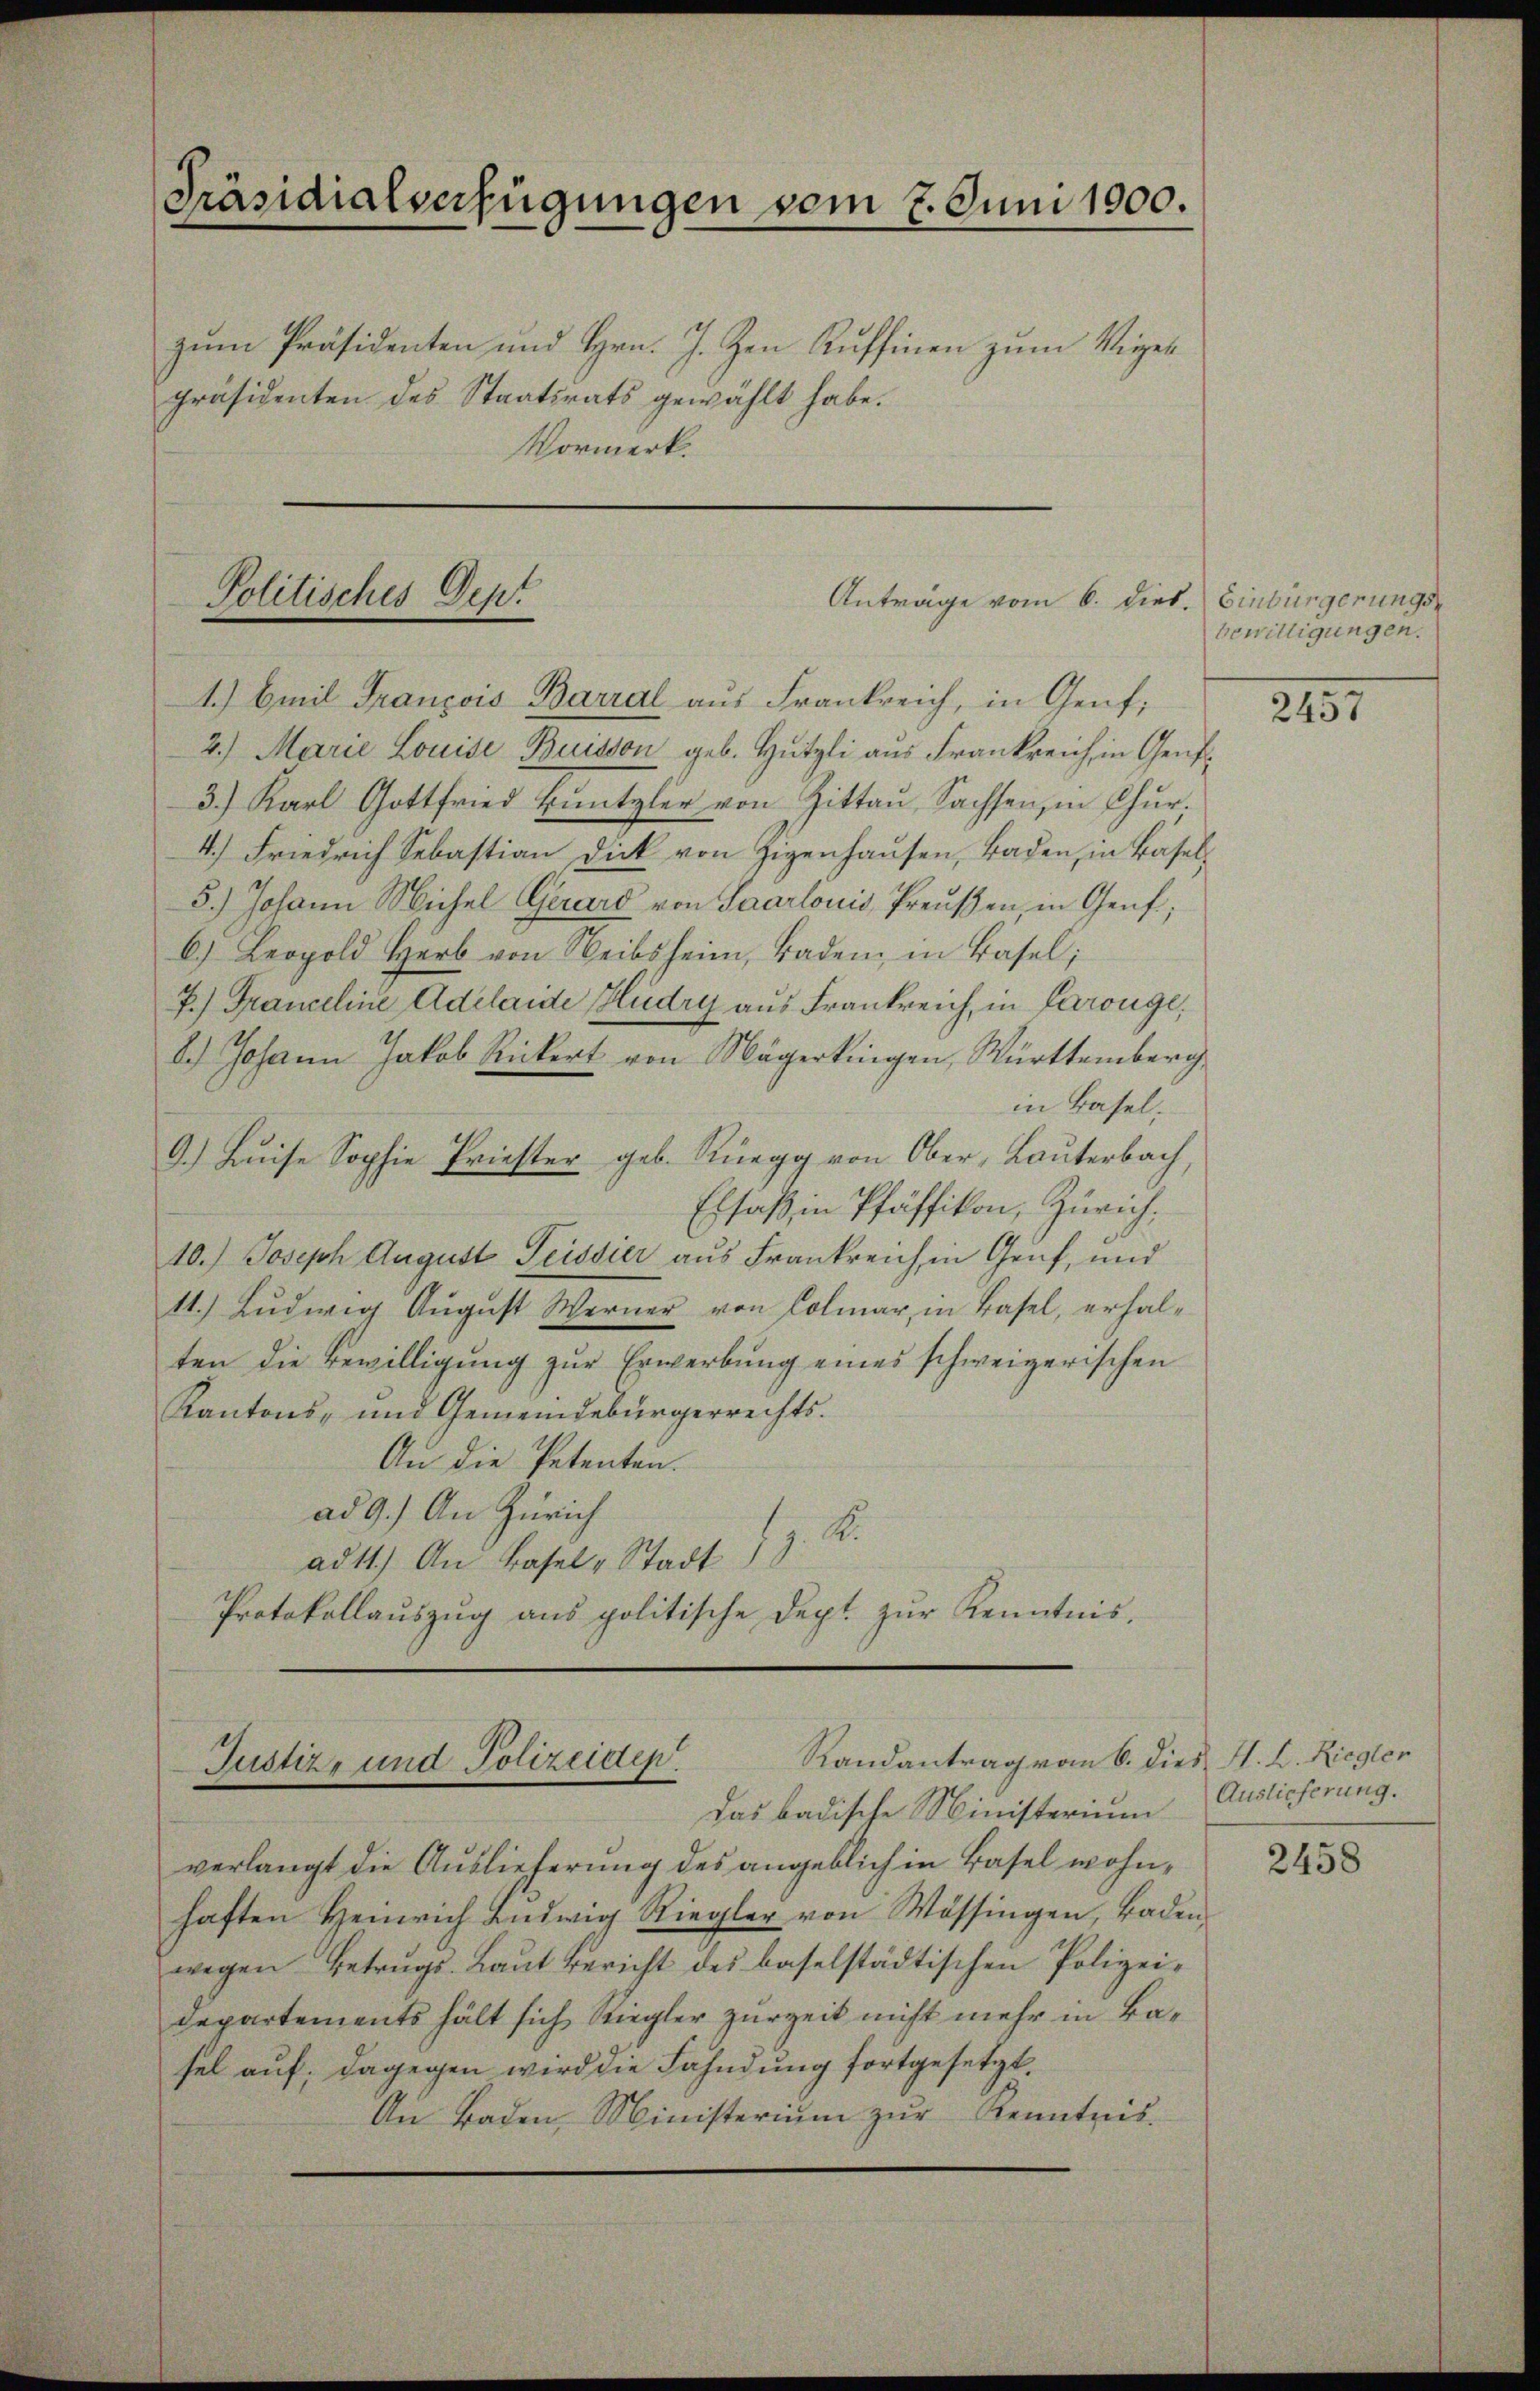
Präsidialverfügungen vom 2. Juni 1900.

zum Präsidenten und Hrn. J. Zen Ruffinen zum Viger
präsidenten des Staatsrats gewählt habe.
Vormerk.

Politisches Dept

Anträge vom 6. dieb. Einbürgerungs

1.) Emil François Barral aus Frankreich, in Genf,
2.) Marie Louise Buisson geb. Hützli aus Frankreich, in Genf
3.) Karl Gottfried Buntzler von Zittau, Sachsen, in Chur.
4.) Friedrich Sebastian Dick von Zigenhausen, Baden, in Basel¬
5.) Johann Michel Gerard von Saarlouis, Preußen, in Genf,
6.) Leopold Herb von Weibsheim, Baden in Basel;
P.) Franceline Adelaide Hudry aus Frankreich, in Parouge,
8.) Johann Jakob Rickert von Nägerkingen, Württemberg,
in Basel.
9.) Luise Sophie Priester geb. Rüegg von Ober, Lauterbach,
Elsaß, in Pfäffikon, Zürich,
10.) Joseph August Tessier aus Frankreich in Gruf, und
11.) Ludwig August Werner von Colmar, in Basel, erhalten die Bewilligung zur Erwerbung eines schweizerischen
Kantons- und Gemeindebürgerrechts.
An die Petenten.
ad 9.) An Zürich
ad11.) An Basel, Stadt z. K.
Protokollauszug aus politische Dept zur Kenntnis,

Randantrag vom 6. dies H. H. Riegler
Justiz- und Polizeiden.

verlangt die Auslieferung des angeblich in Basel wohnhaften Heinrich Lŭdwig Riegler von Wössingen, Baden-
wegen Betrugs- Laut Bericht des baselstädtischen Polizei¬
Departements hält sich Riegler zur Zeit nicht mehr in Basel auf; dagegen wird die Fahndung fortgesetzt.
An Baden, Ministerium zur Kenntnis-

Das badische Ministerium Auslieferung.

bewilligungen.

2157

2458